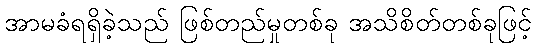
အာမခံရရှိခဲ့သည် ဖြစ်တည်မှုတစ်ခု အသိစိတ်တစ်ခုဖြင့်